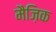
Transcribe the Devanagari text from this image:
मैज़िक